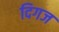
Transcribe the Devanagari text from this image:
दिगज